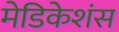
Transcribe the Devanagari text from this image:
मेडिकेशंस